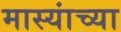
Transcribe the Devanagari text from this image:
मास्यांच्या